Civil Veterinary Dept. North-West Frontier Province 1923-32 - 1923-1932
Year: 1923
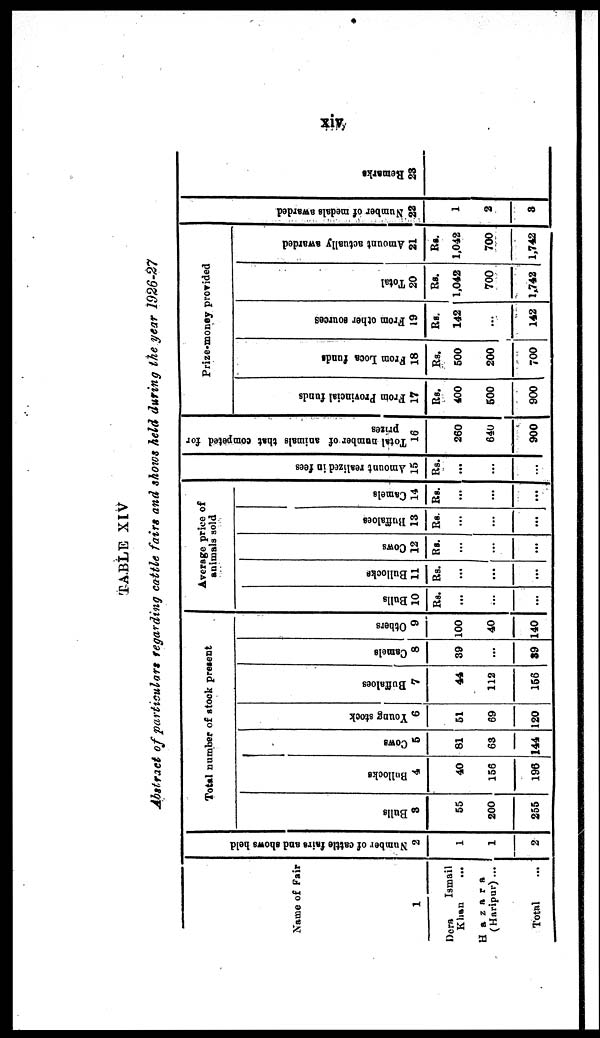
xiv
TABLE XlV
Abstract of particulars regarding cattle fairs and shows held during the year 1926-27
Name of Fair
1
Dera
Ismail
Khan ...
Hazara
(Haripur) ...
Total ...
Nu mb e r of c a t t l e fai rs and s h o ws hel d
2
1
1
2
Total number of stock present
Bulls
3
55
200
255
Bullocks
4
40
156
196
Cows
5
81
63
144
Young stock
6
51
69
120
Buffaloes
7
44
112
156
Camels
8
39
...
39
Others
9
100
40
140
Average price of
animals sold
Bulls
10
Rs.
...
...
...
Bullocks
11
Rs.
...
...
...
Cows
12
Rs.
...
...
...
Buffaloes
13
Rs.
...
...
...
Camels
|
14
Rs.
...
...
Amount realized in fees
15
Rs.
...
...
...
Total number of animals that competed for
prizes
16
260
640
900
Prize-money provided
From Provincial funds
17
Rs.
400
500
900
From
Loca funds
18
Rs.
500
200
700
From other sources
19
Rs.
142
...
142
Total
20
Rs.
1,042
700
1,742
Amount actually awarded
21
Rs.
1,042
700
1,742
Nu mb e r of medals awarded
22
1
2
3
Re ma r
ks
23